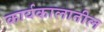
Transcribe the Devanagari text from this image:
कार्यकालातील